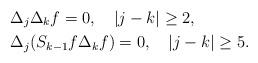
LaTeX: \begin{align*}&\Delta_j\Delta_kf=0,~~~|j-k|\geq2,\\&\Delta_j(S_{k-1}f\Delta_kf)=0,~~~|j-k|\geq5.\end{align*}